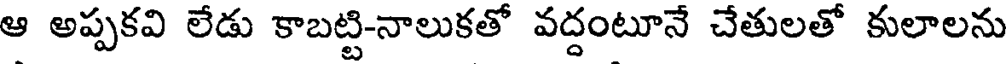
ఆ అప్పకవి లేడు కాబట్టి-నాలుకతో వద్దంటూనే చేతులతో కులాలను